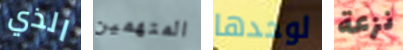
الذي المتهمين لوحدها نزعة